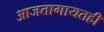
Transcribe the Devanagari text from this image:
आजतागायतही